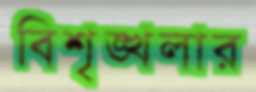
বিশৃঙ্খলার